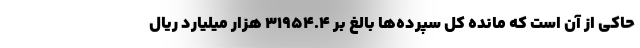
حاکی از آن است که مانده کل سپرده‌ها بالغ بر ۳۱۹۵۴.۴ هزار میلیارد ریال